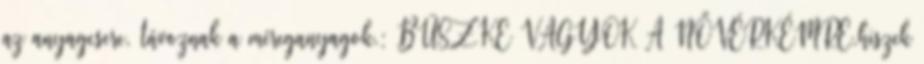
az anyagcsere, távoznak a méreganyagok.: BÜSZKE VAGYOK A NŐVÉRKÉMRE.hiszek